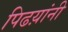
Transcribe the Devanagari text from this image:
पिढय़ांनी